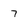
Character: 7